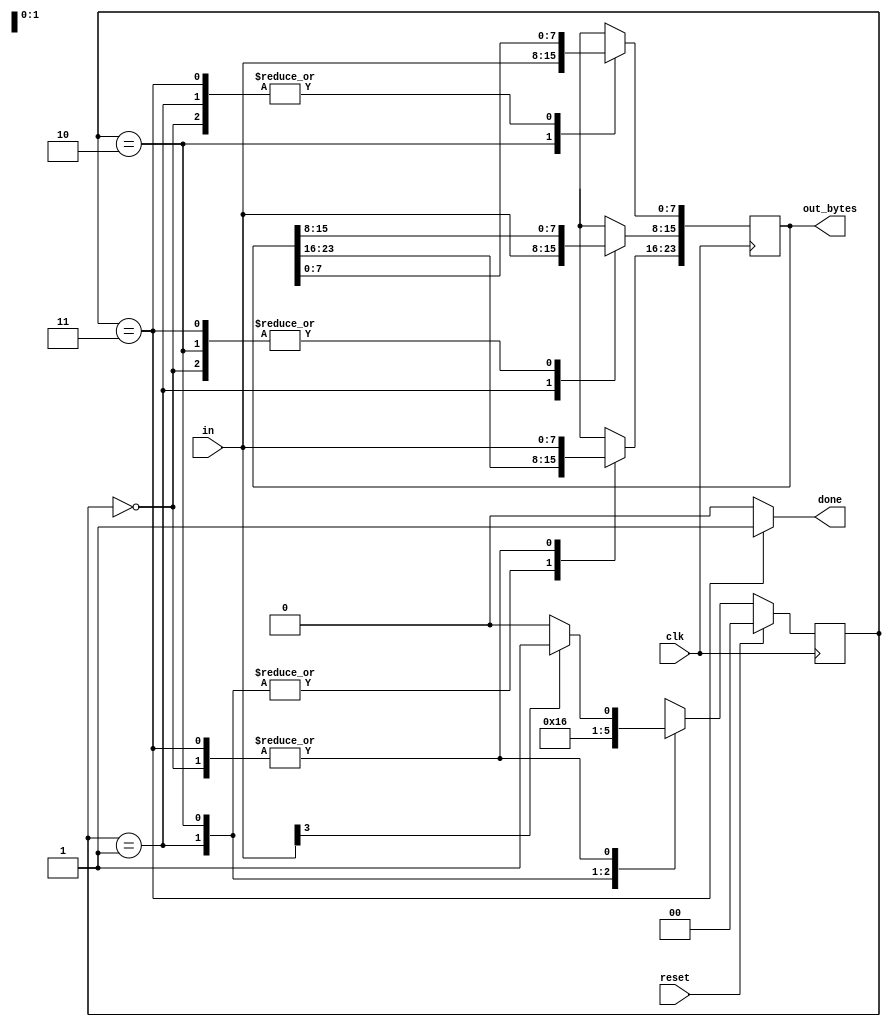
module top_module(
    input clk,
    input [7:0] in,
    input reset,    // Synchronous reset
    output [23:0] out_bytes,
    output done
);

    // FSM from fsm_ps2
    parameter S0 = 2'b00, S1 = 2'b01, S2 = 2'b10, S3 = 2'b11;
    reg [1:0] state, next_state;
    // State transition logic (combinational)
    always @(*) begin
        case (state)
            S0: next_state = (in[3] == 1'b1 ? S1 : S0);
            S1: next_state = S2;
            S2: next_state = S3;
            S3: next_state = (in[3] == 1'b1 ? S1 : S0);
            default: next_state = S0;
        endcase
    end
    // State flip-flops (sequential)
    always @(posedge clk) begin
        state <= (reset == 1'b1 ? S0 : next_state);
    end
    // Output logic
    assign done = (state == S3 ? 1'b1 : 1'b0);
    
    // New: Datapath to store incoming bytes.
    always @(posedge clk) begin
        case (state)
            S0: out_bytes[23:16] = in;
            S1: out_bytes[15: 8] = in;
            S2: out_bytes[7 : 0] = in;
            S3: out_bytes[23:16] = in;
        endcase
    end
    
endmodule